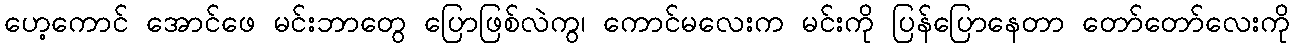
ဟေ့ကောင် အောင်ဖေ မင်းဘာတွေ ပြောဖြစ်လဲကွ၊ ကောင်မလေးက မင်းကို ပြန်ပြောနေတာ တော်တော်လေးကို